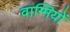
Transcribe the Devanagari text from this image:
वाग्मियों